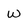
Character: W